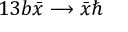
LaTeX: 1 3 b \bar { x } \longrightarrow \bar { x } \hbar